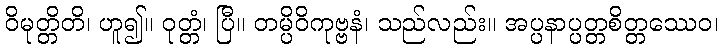
ဝိမုတ္တိတိ၊ ဟူ၍။ ဝုတ္တံ၊ ပြီ။ တမ္ပိဝိကုဗ္ဗနံ၊ သည်လည်း။ အပ္ပနာပ္ပတ္တစိတ္တဿေဝ၊